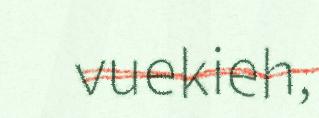
vuekieh,